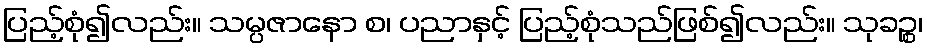
ပြည့်စုံ၍လည်း။ သမ္ပဇာနော စ၊ ပညာနှင့် ပြည့်စုံသည်ဖြစ်၍လည်း။ သုခဉ္စ၊